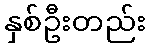
နှစ်ဦးတည်း